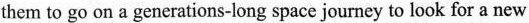
them to go on a generations-long space journey to look for a new